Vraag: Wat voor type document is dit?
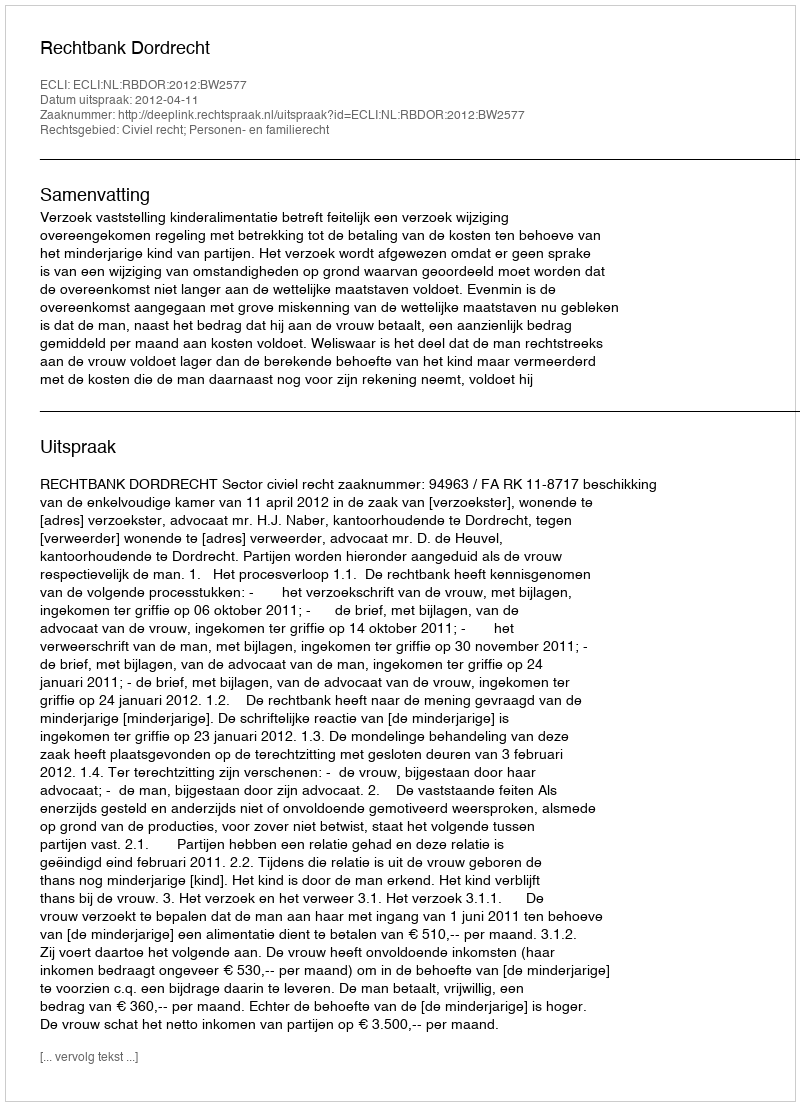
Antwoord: Uitspraak